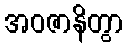
အဝဇာနိတွာ